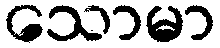
သောမာ